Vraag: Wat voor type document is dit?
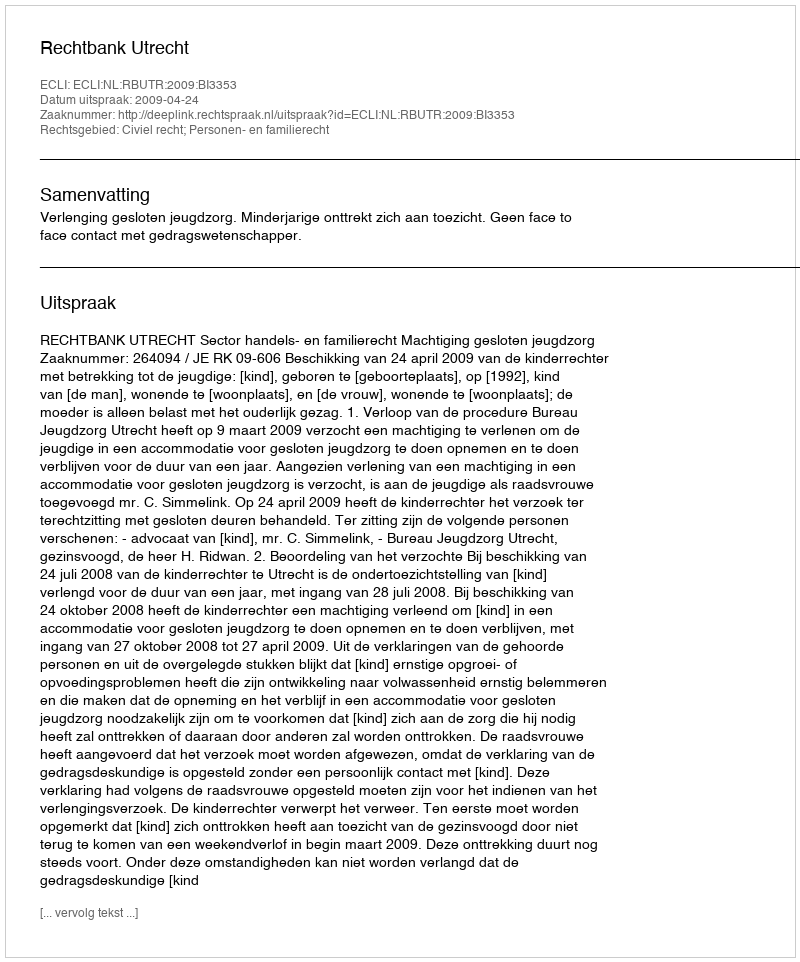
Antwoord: Uitspraak